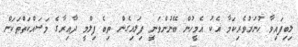
ލިބިފައިވާ ހުނަރުވެރިކަމާ އެކު އެމީހުން ބޭނުންވަނީ ފިލައިގެން ތިބެ ފިލްމީ ދާއިރާގެ މަސައްކަތްތަކަށް